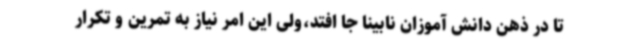
تا در ذهن دانش آموزان نابینا جا افتد،ولی این امر نیاز به تمرین و تکرار